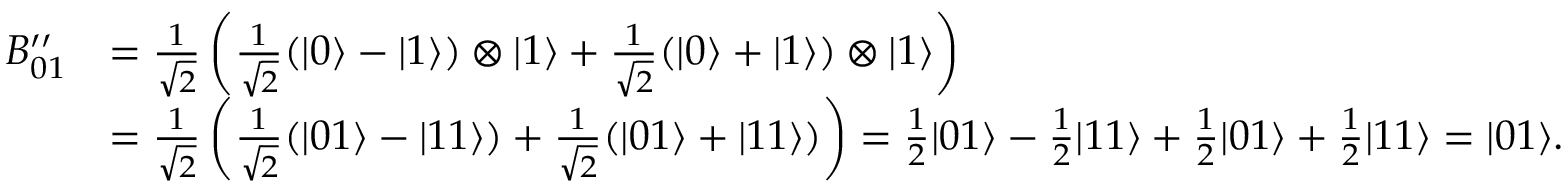
{ \begin{array} { r l } { B _ { 0 1 } ^ { \prime \prime } } & { = { \frac { 1 } { \sqrt { 2 } } } \left( { \frac { 1 } { \sqrt { 2 } } } ( | 0 \rangle - | 1 \rangle ) \otimes | 1 \rangle + { \frac { 1 } { \sqrt { 2 } } } ( | 0 \rangle + | 1 \rangle ) \otimes | 1 \rangle \right) } \\ & { = { \frac { 1 } { \sqrt { 2 } } } \left( { \frac { 1 } { \sqrt { 2 } } } ( | 0 1 \rangle - | 1 1 \rangle ) + { \frac { 1 } { \sqrt { 2 } } } ( | 0 1 \rangle + | 1 1 \rangle ) \right) = { \frac { 1 } { 2 } } | 0 1 \rangle - { \frac { 1 } { 2 } } | 1 1 \rangle + { \frac { 1 } { 2 } } | 0 1 \rangle + { \frac { 1 } { 2 } } | 1 1 \rangle = | 0 1 \rangle . } \end{array} }